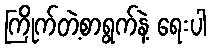
ကြိုက်တဲ့စာရွက်နဲ့ ရေးပါ